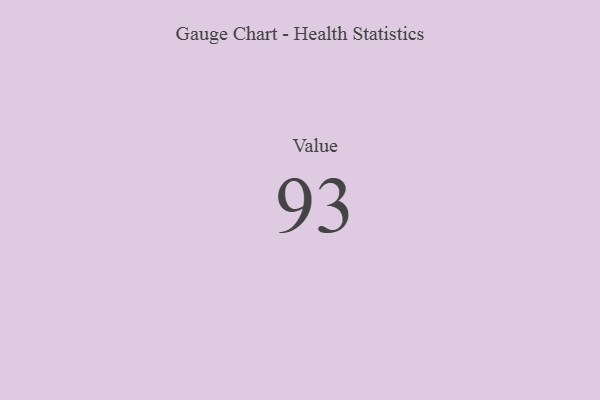
{"axis": {"x": "Metric", "y": "Value"}, "legend": [""], "data": [{"x": "Value", "y": 93, "type": ""}]}